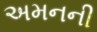
અમનની